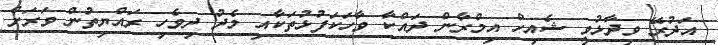
އަދުރޭ ވިދާޅުވީ ޝެއިހް އިމްރާން ދައްކާ ވާހަކަފުޅުތަކާއި މެދު ދިވެހި ރައްޔިތުން ވަރަށް